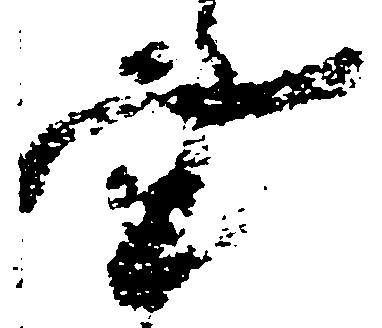
書